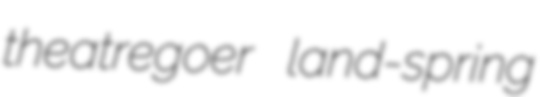
theatregoer land-spring